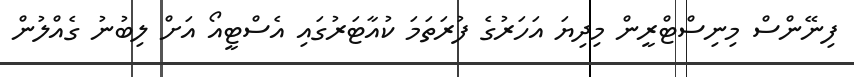
ފިނޭންސް މިނިސްޓްރީން މިދިޔަ އަހަރުގެ ފުރަތަމަ ކުއާޓަރުގައި އެސްޓީއޯ އަށް ލިބުނު ގެއްލުން